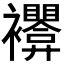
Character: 𰴊